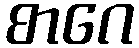
စာဂေ